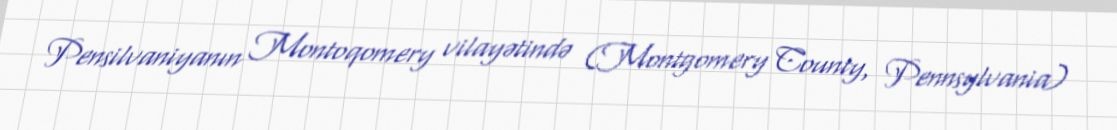
Pensilvaniyanın Montoqomery vilayətində (Montgomery County, Pennsylvania)